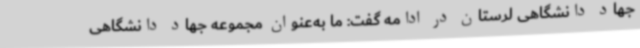
جهاد دانشگاهی لرستان در ادامه گفت: ما به‌عنوان مجموعه جهاد دانشگاهی